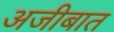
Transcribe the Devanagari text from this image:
अजीबात